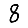
Digit: 8